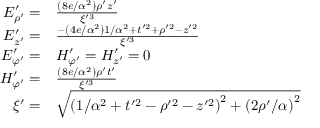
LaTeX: \begin{array} { r l } { E _ { \rho ^ { \prime } } ^ { \prime } = } & { { } { \frac { \left( 8 e / \alpha ^ { 2 } \right) \rho ^ { \prime } z ^ { \prime } } { \xi ^ { \prime 3 } } } } \\ { E _ { z ^ { \prime } } ^ { \prime } = } & { { } { \frac { - \left( 4 e / \alpha ^ { 2 } \right) 1 / \alpha ^ { 2 } + t ^ { \prime 2 } + \rho ^ { \prime 2 } - z ^ { \prime 2 } } { \xi ^ { \prime 3 } } } } \\ { E _ { \varphi ^ { \prime } } ^ { \prime } = } & { { } H _ { \varphi ^ { \prime } } ^ { \prime } = H _ { z ^ { \prime } } ^ { \prime } = 0 } \\ { H _ { \varphi ^ { \prime } } ^ { \prime } = } & { { } { \frac { \left( 8 e / \alpha ^ { 2 } \right) \rho ^ { \prime } t ^ { \prime } } { \xi ^ { \prime 3 } } } } \\ { \xi ^ { \prime } = } & { { } { \sqrt { \left( 1 / \alpha ^ { 2 } + t ^ { \prime 2 } - \rho ^ { \prime 2 } - z ^ { \prime 2 } \right) ^ { 2 } + \left( 2 \rho ^ { \prime } / \alpha \right) ^ { 2 } } } } \end{array}